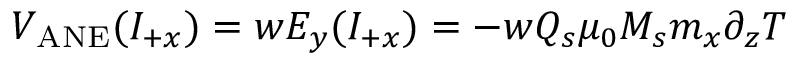
V _ { \mathrm { A N E } } ( I _ { + x } ) = w E _ { y } ( I _ { + x } ) = - w Q _ { s } \mu _ { 0 } M _ { s } m _ { x } \partial _ { z } T